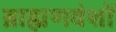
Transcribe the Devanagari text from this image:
ब्राह्मणवंशों